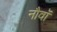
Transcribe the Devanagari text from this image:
नौवॉं